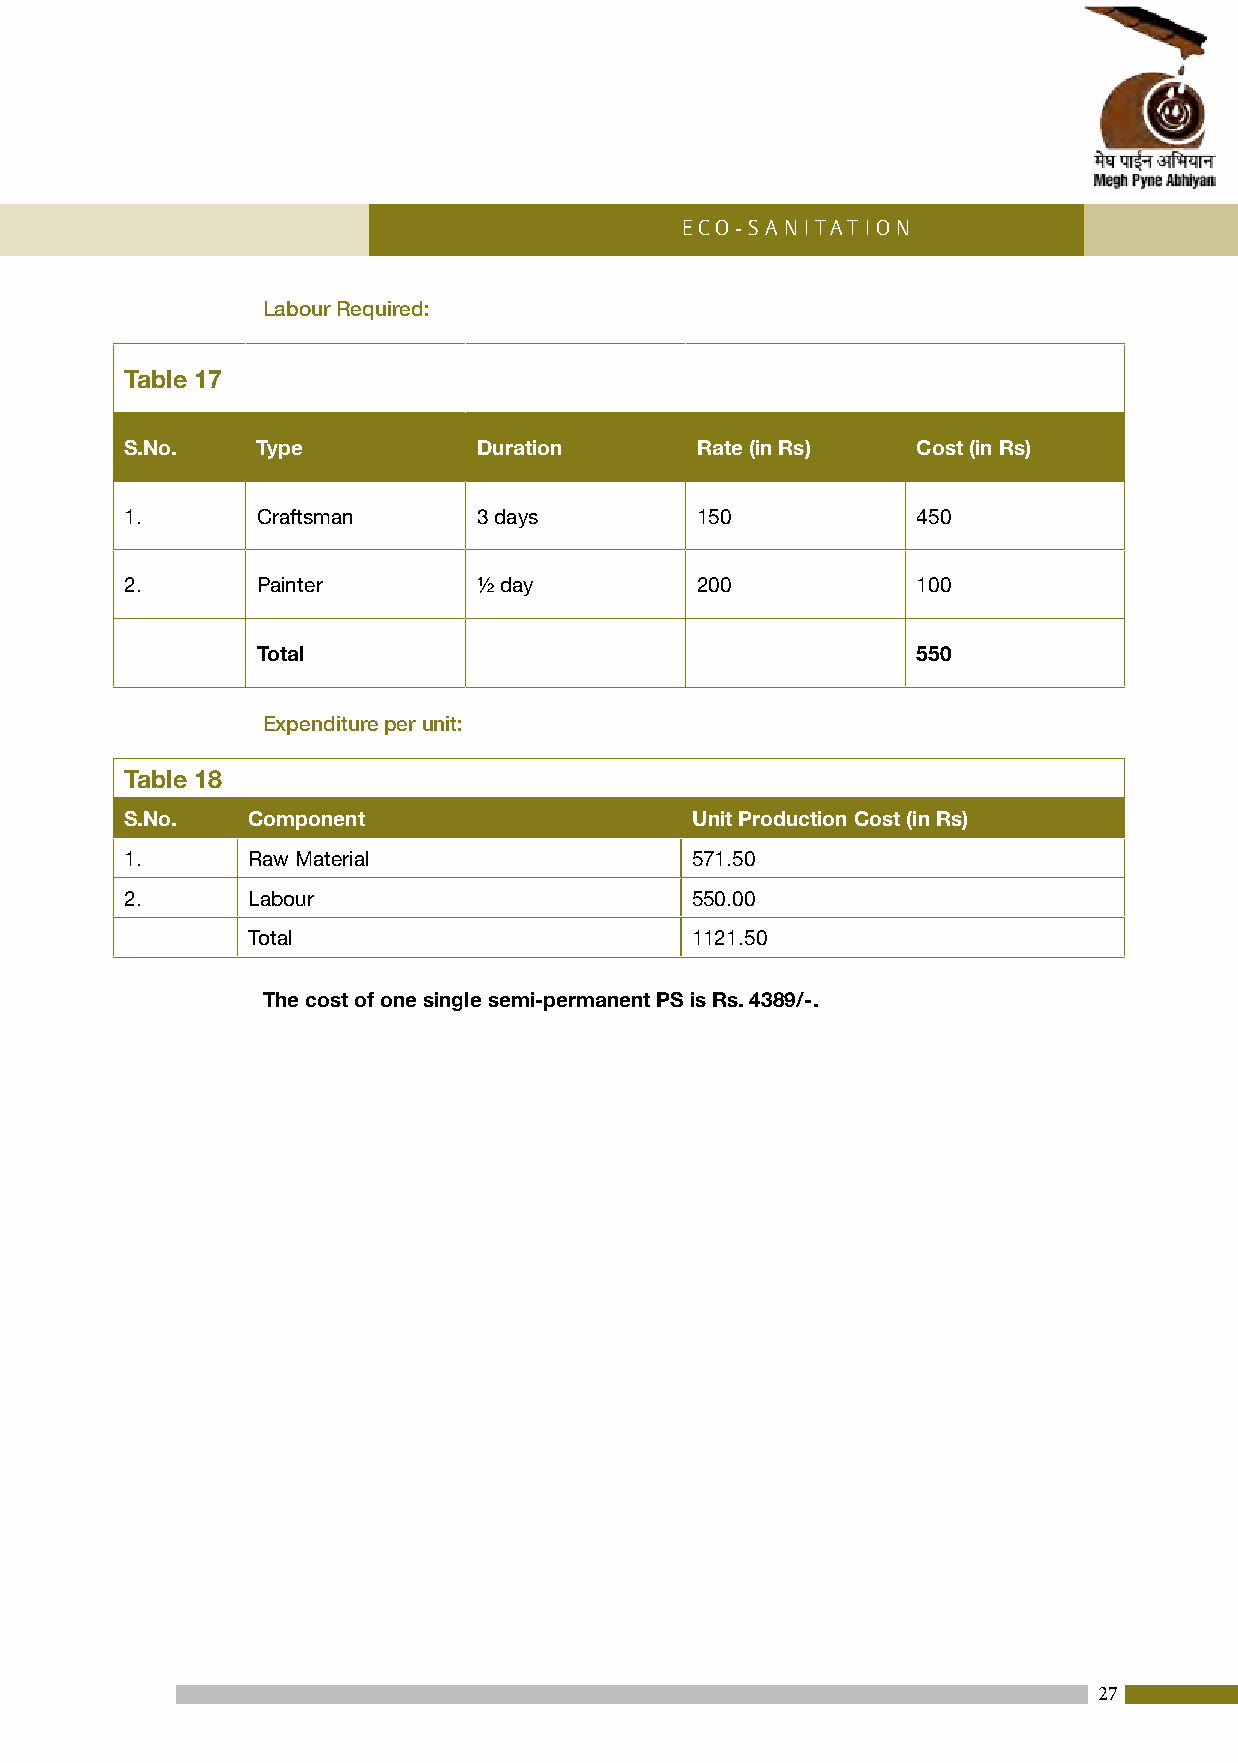
Eco-Sani tation
 Labour Required:
 Table 17
 S.No.    Type           Duration      Rate (in Rs)   Cost (in Rs)
 1.       Craftsman      3 days        150            450
 2.       Painter        ½ day         200            100
 Total                                       550
 Expenditure per unit:
 Table 18
 S.No.   Component                     Unit Production Cost (in Rs)
 1.      Raw Material                  571.50
 2.      Labour                        550.00
 Total                         1121.50
 The cost of one single semi-permanent PS is Rs. 4389/-.
 27